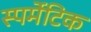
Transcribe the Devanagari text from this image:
स्पर्मेटिक